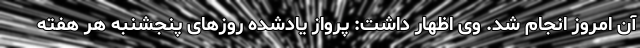
آن امروز انجام شد. وی اظهار داشت: پرواز یادشده روزهای پنجشنبه هر هفته